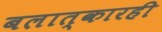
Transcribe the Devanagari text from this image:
बलात्कारही